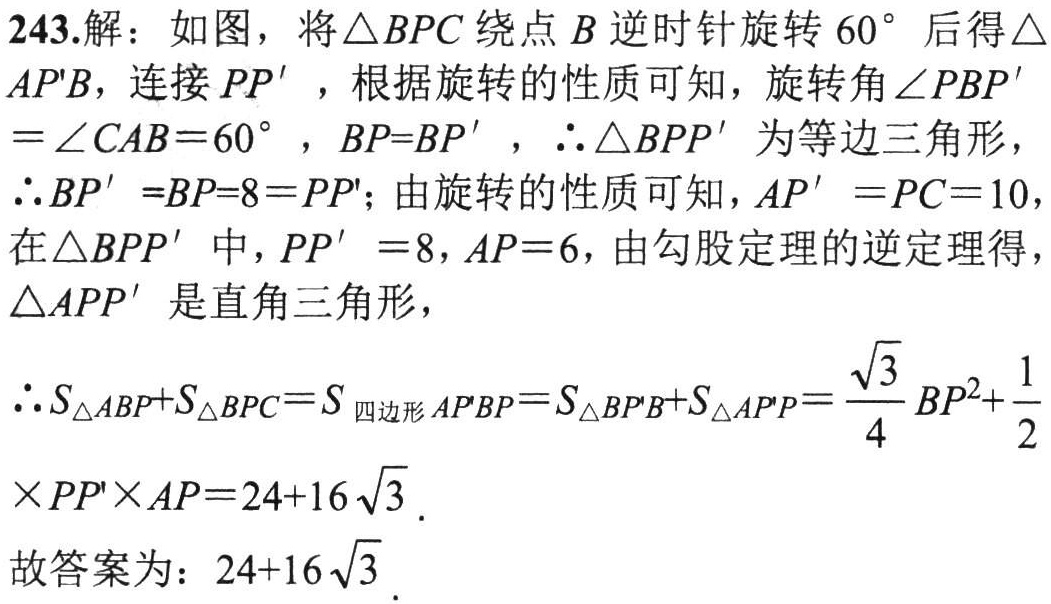
243.解：如图，将\(\triangle BPC\)绕点\(B\)逆时针旋转\(60^{\circ}\)后得\(\triangle AP'B\)，连接\(PP'\)，根据旋转的性质可知，旋转角\(\angle PBP'=\angle CAB = 60^{\circ}\)，\(BP = BP'\)，\(\therefore\triangle BPP'\)为等边三角形，\(\therefore BP'=BP = 8=PP'\)；由旋转的性质可知，\(AP'=PC = 10\)，在\(\triangle BPP'\)中，\(PP' = 8\)，\(AP = 6\)，由勾股定理的逆定理得，\(\triangle APP'\)是直角三角形，
\(\therefore S_{\triangle ABP}+S_{\triangle BPC}=S_{四边形AP'BP}=S_{\triangle BP'B}+S_{\triangle AP'P}=\frac{\sqrt{3}}{4}BP^{2}+\frac{1}{2}\times PP'\times AP = 24 + 16\sqrt{3}\).
故答案为：\(24 + 16\sqrt{3}\).